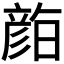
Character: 𭛛